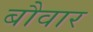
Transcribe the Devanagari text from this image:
बौवार